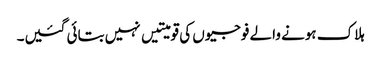
ہلاک ہونے والے فوجیوں کی قومیتیں نہیں بتائی گئیں۔